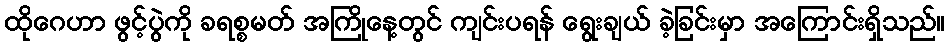
ထိုဂေဟာ ဖွင့်ပွဲကို ခရစ္စမတ် အကြိုနေ့တွင် ကျင်းပရန် ရွေးချယ် ခဲ့ခြင်းမှာ အကြောင်းရှိသည်။